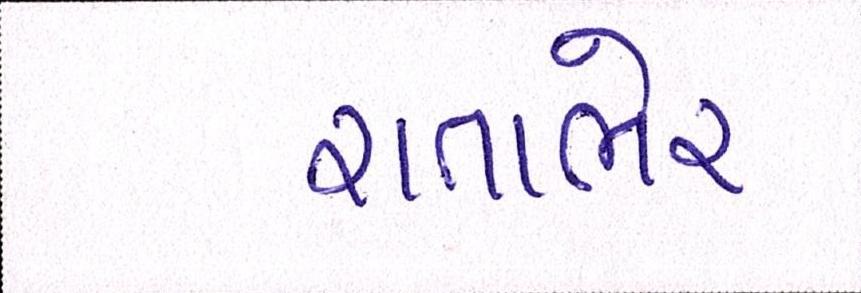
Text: રાતાભેર